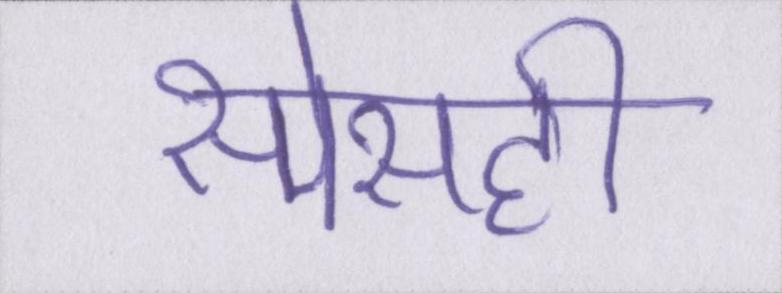
स्पेसही